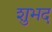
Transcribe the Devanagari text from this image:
शुभद